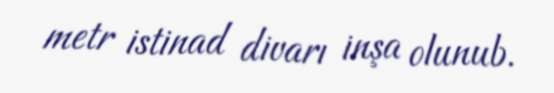
metr istinad divarı inşa olunub.